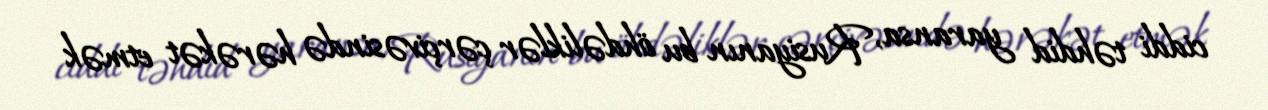
ciddi təhdid yaransa, Rusiyanın bu öhdəliklər çərçivəsində hərəkət etmək